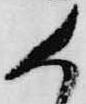
く